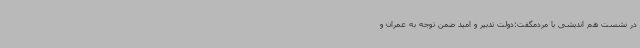
در نشست هم اندیشی با مردمگفت:دولت تدبیر و امید ضمن توجه به عمران و